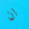
ان